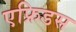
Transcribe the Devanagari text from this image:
एफ्रिडस